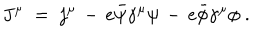
J ^ { \mu } \; = \; j ^ { \mu } \, - \, e { \bar { \psi } } \gamma ^ { \mu } \psi \, - \, e { \bar { \phi } } \gamma ^ { \mu } \phi \; .